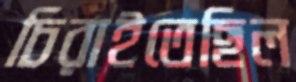
চিরাইতেছিল